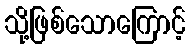
သို့ဖြစ်သောကြောင့်